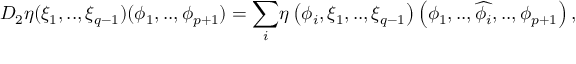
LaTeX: \! \! D _ { 2 } \eta ( { \xi } _ { 1 } , . . , { \xi } _ { q - 1 } ) ( { \phi } _ { 1 } , . . , { \phi } _ { p + 1 } ) = { \displaystyle \sum _ { i } } \eta \left( { \phi } _ { i } , { \xi } _ { 1 } , . . , { \xi } _ { q - 1 } \right) \left( { \phi } _ { 1 } , . . , \widehat { { \phi } _ { i } } , . . , { \phi } _ { p + 1 } \right) ,